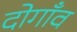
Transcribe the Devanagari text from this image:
दोगाँव